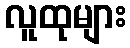
လူထုများ